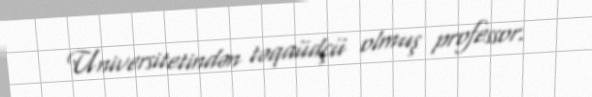
Universitetindən təqaüdçü olmuş professor.